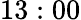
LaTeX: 13:00